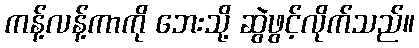
ကန့်လန့်ကာကို ဘေးသို့ ဆွဲဖွင့်လိုက်သည်။